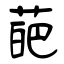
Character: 葩